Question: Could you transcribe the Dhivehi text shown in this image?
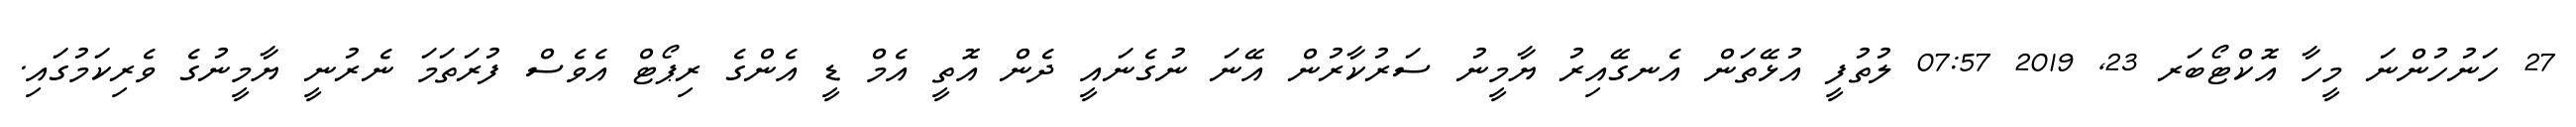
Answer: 27 ހަނުހުންނަ މީހާ އޮކްޓޯބަރ 23, 2019 07:57 ލުތުފީ އުޅޭތަން އެނގޭއިރު ޔާމީނު ސަރުކާރުން އޭނަ ނުގެނައީ ދެން އޮތީ އެމް ޑީ އެންގެ ރިޕޯޓް އެވެސް ފުރަތަމަ ނެރުނީ ޔާމީނުގެ ވެރިކަމުގައި.